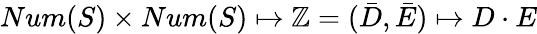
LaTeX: Num(S)\times Num(S)\mapsto\mathbb{Z}=({\bar{D}},{\bar{E}})\mapsto D\cdot E